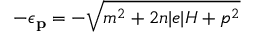
- \epsilon _ { { \bf { p } } } = - \sqrt { m ^ { 2 } + 2 n | e | H + p ^ { 2 } }